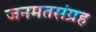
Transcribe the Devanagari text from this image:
जनमतसंग्रह